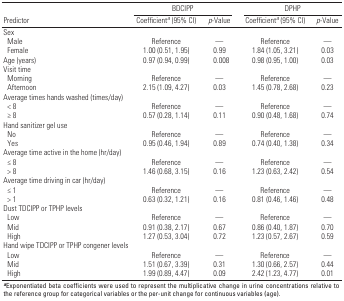
<table><thead><tr><td rowspan="2"><b>Predictor</b></td><td colspan="2"><b>BDCIPP</b></td><td colspan="2"><b>DPHP</b></td></tr><tr><td><b>Coefficient<sup><i>a</i></sup> (95% CI)</b></td><td><b><i>p</i>-Value</b></td><td><b>Coefficient<sup><i>a</i></sup> (95% CI)</b></td><td><b><i>p</i>-Value</b></td></tr></thead><tbody><tr><td><b>Sex</b></td></tr><tr><td><b>Male</b></td><td>Reference</td><td>—</td><td>Reference</td><td>—</td></tr><tr><td><b>Female</b></td><td>1.00 (0.51, 1.95)</td><td>0.99</td><td>1.84 (1.05, 3.21)</td><td>0.03</td></tr><tr><td><b>Age (years)</b></td><td>0.97 (0.94, 0.99)</td><td>0.008</td><td>0.98 (0.95, 1.00)</td><td>0.03</td></tr><tr><td><b>Visit time</b></td></tr><tr><td><b>Morning</b></td><td>Reference</td><td>—</td><td>Reference</td><td>—</td></tr><tr><td><b>Afternoon</b></td><td>2.15 (1.09, 4.27)</td><td>0.03</td><td>1.45 (0.78, 2.68)</td><td>0.23</td></tr><tr><td><b>Average times hands washed (times/day)</b></td></tr><tr><td><b>&lt; 8</b></td><td>Reference</td><td>—</td><td>Reference</td><td>—</td></tr><tr><td><b>≥ 8</b></td><td>0.57 (0.28, 1.14)</td><td>0.11</td><td>0.90 (0.48, 1.68)</td><td>0.74</td></tr><tr><td><b>Hand sanitizer gel use</b></td></tr><tr><td><b>No</b></td><td>Reference</td><td>—</td><td>Reference</td><td>—</td></tr><tr><td><b>Yes</b></td><td>0.95 (0.46, 1.94)</td><td>0.89</td><td>0.74 (0.40, 1.38)</td><td>0.34</td></tr><tr><td><b>Average time active in the home (hr/day)</b></td></tr><tr><td><b>≤ 8</b></td><td>Reference</td><td>—</td><td>Reference</td><td>—</td></tr><tr><td><b>&gt; 8</b></td><td>1.46 (0.68, 3.15)</td><td>0.16</td><td>1.23 (0.63, 2.42)</td><td>0.54</td></tr><tr><td><b>Average time driving in car (hr/day)</b></td></tr><tr><td><b>≤ 1</b></td><td>Reference</td><td>—</td><td>Reference</td><td>—</td></tr><tr><td><b>&gt; 1</b></td><td>0.63 (0.32, 1.21)</td><td>0.16</td><td>0.81 (0.46, 1.46)</td><td>0.48</td></tr><tr><td><b>Dust TDCIPP or TPHP levels</b></td></tr><tr><td><b>Low</b></td><td>Reference</td><td>—</td><td>Reference</td><td>—</td></tr><tr><td><b>Mid</b></td><td>0.91 (0.38, 2.17)</td><td>0.67</td><td>0.86 (0.40, 1.87)</td><td>0.70</td></tr><tr><td><b>High</b></td><td>1.27 (0.53, 3.04)</td><td>0.72</td><td>1.23 (0.57, 2.67)</td><td>0.59</td></tr><tr><td><b>Hand wipe TDCIPP or TPHP congener levels</b></td></tr><tr><td><b>Low</b></td><td>Reference</td><td>—</td><td>Reference</td><td>—</td></tr><tr><td><b>Mid</b></td><td>1.51 (0.67, 3.39)</td><td>0.31</td><td>1.30 (0.66, 2.57)</td><td>0.44</td></tr><tr><td><b>High</b></td><td>1.99 (0.89, 4.47)</td><td>0.09</td><td>2.42 (1.23, 4.77)</td><td>0.01</td></tr></tbody></table>